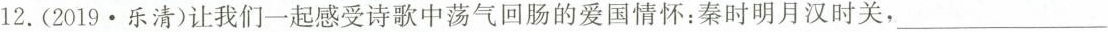
12.(2019·乐清)让我们一起感受诗歌中荡气回肠的爱国情怀：秦时明月汉时关，___